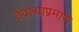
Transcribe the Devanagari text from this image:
ठेवल्याप्रमाणे